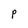
Character: p